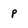
Character: p